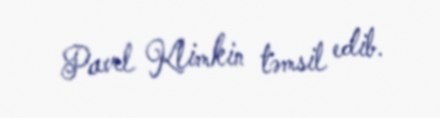
Pavel Klimkin təmsil edib.